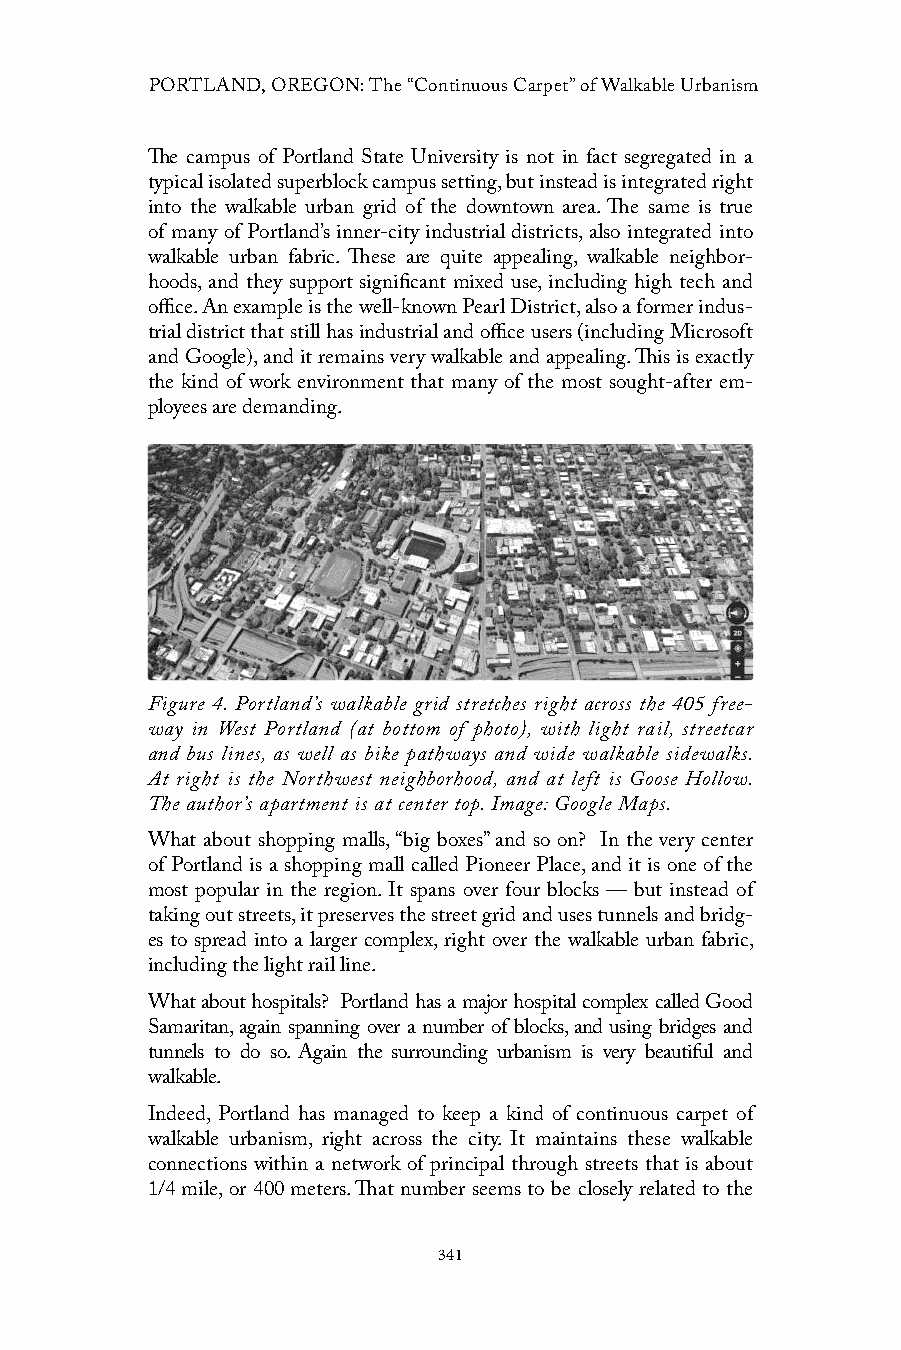
PORTLAND, OREGON: The “Continuous Carpet” of Walkable Urbanism
 The campus of Portland State University is not in fact segregated in a
 typical isolated superblock campus setting, but instead is integrated right
 into the walkable urban grid of the downtown area. The same is true
 of many of Portland’s inner-city industrial districts, also integrated into
 walkable urban fabric. These are quite appealing, walkable neighbor-
 hoods, and they support significant mixed use, including high tech and
 office. An example is the well-known Pearl District, also a former indus-
 trial district that still has industrial and office users (including Microsoft
 and Google), and it remains very walkable and appealing. This is exactly
 the kind of work environment that many of the most sought-after em-
 ployees are demanding.
 Figure 4. Portland’s walkable grid stretches right across the 405 free-
 way in West Portland (at bottom of photo), with light rail, streetcar
 and bus lines, as well as bike pathways and wide walkable sidewalks.
 At right is the Northwest neighborhood, and at left is Goose Hollow.
 The author’s apartment is at center top. Image: Google Maps.
 What about shopping malls, “big boxes” and so on? In the very center
 of Portland is a shopping mall called Pioneer Place, and it is one of the
 most popular in the region. It spans over four blocks — but instead of
 taking out streets, it preserves the street grid and uses tunnels and bridg-
 es to spread into a larger complex, right over the walkable urban fabric,
 including the light rail line.
 What about hospitals? Portland has a major hospital complex called Good
 Samaritan, again spanning over a number of blocks, and using bridges and
 tunnels to do so. Again the surrounding urbanism is very beautiful and
 walkable.
 Indeed, Portland has managed to keep a kind of continuous carpet of
 walkable urbanism, right across the city. It maintains these walkable
 connections within a network of principal through streets that is about
 1/4 mile, or 400 meters. That number seems to be closely related to the
 341